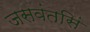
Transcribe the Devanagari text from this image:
जसवंतसिं